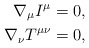
\begin{align*} \nabla_\mu I^\mu&=0,\\ \nabla_\nu T^{\mu\nu}&=0,\end{align*}